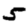
Digit: 5